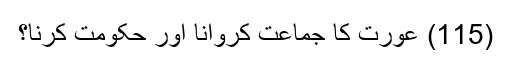
(115) عورت كا جماعت كروانا اور حکومت کرنا؟